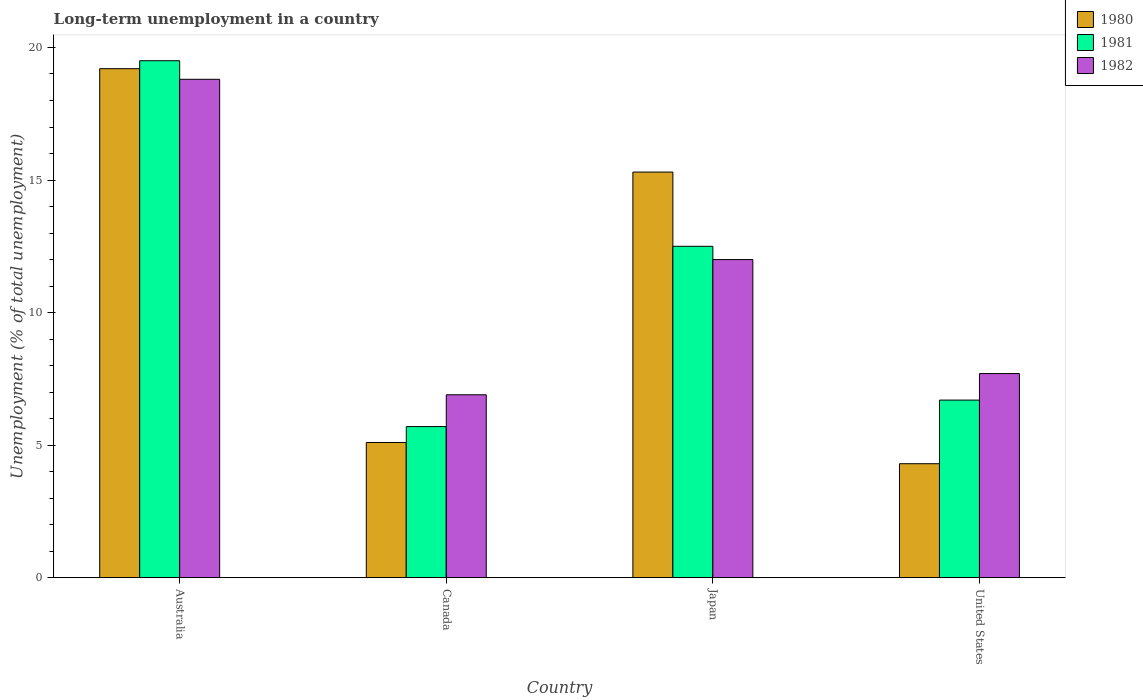
| Country | 1980 | 1981 | 1982 |
 | --- | --- | --- | --- |
 | Australia | 19.2 | 19.5 | 18.8 |
 | Canada | 5.1 | 5.7 | 6.9 |
 | Japan | 15.3 | 12.5 | 12 |
 | United States | 4.3 | 6.7 | 7.7 |